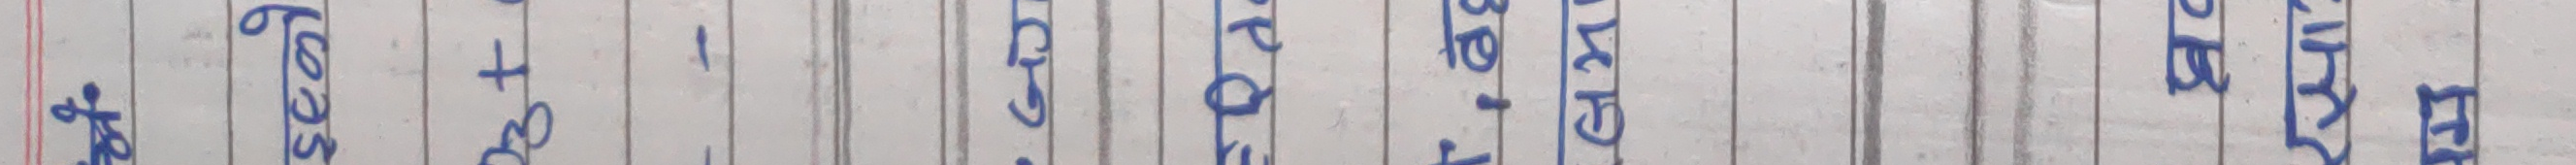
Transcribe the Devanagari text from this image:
पनि जसमा
७०२३ + ३०
कति धेरै छ।